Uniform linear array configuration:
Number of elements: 64
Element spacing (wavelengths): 0.75
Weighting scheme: binomial
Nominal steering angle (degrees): -15
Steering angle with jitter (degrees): -14.05
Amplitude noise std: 0.05
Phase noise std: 0.05

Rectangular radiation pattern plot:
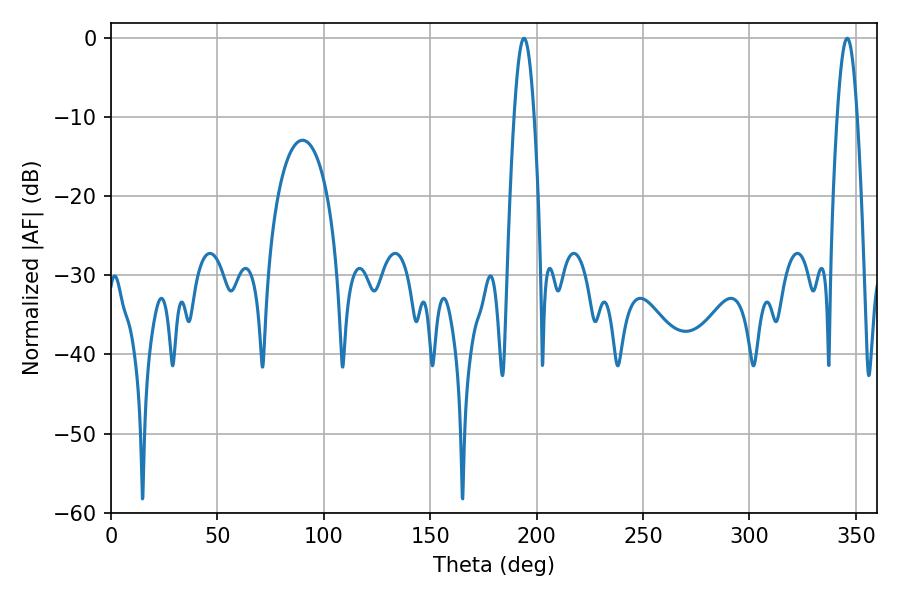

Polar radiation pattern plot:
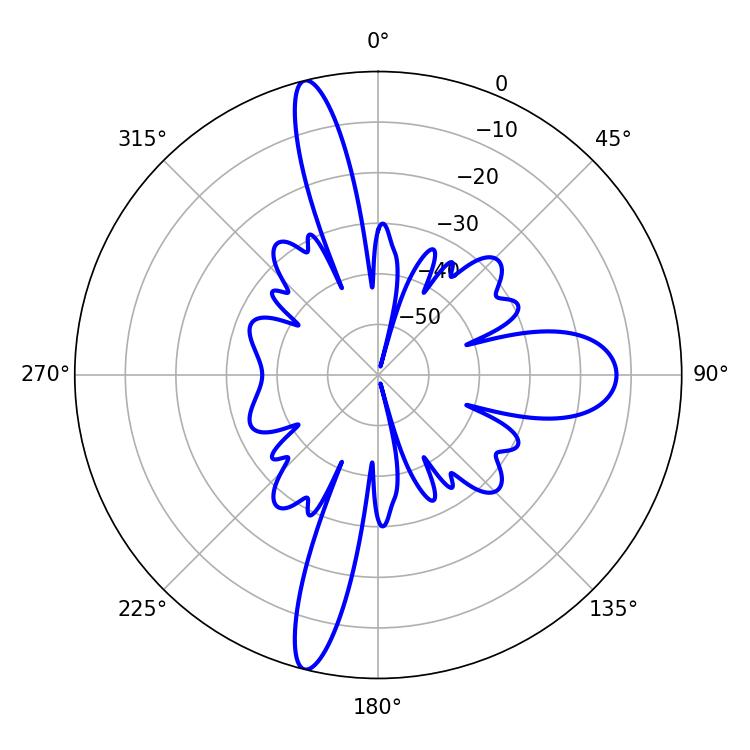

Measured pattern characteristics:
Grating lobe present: TRUE
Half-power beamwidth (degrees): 5.04
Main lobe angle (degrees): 194.04